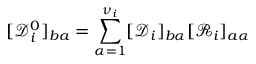
[ { \mathcal { D } } _ { i } ^ { 0 } ] _ { b a } = \sum _ { \alpha = 1 } ^ { \nu _ { i } } [ \mathcal { D } _ { i } ] _ { b \alpha } [ \mathcal { R } _ { i } ] _ { a \alpha }